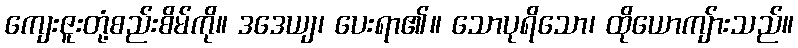
ကျေးဇူးတုံ့စည်းစိမ်ကို။ ဒဒေယျ၊ ပေးရာ၏။ သောပုရိသော၊ ထိုယောကျ်ားသည်။